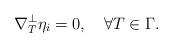
LaTeX: \begin{align*} \nabla^\perp_T\eta_i=0,\quad\forall T\in\Gamma.\end{align*}